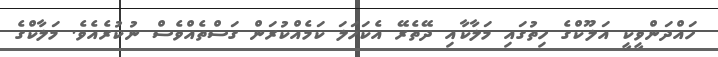
ހައްދަންވީކީ އަލޫކްގެ ހިތުގައި މަލާކާއި ދޭތެރޭ އެކަހަލަ ކަމެއްކުރަން ގަސްތެއްވެސް ނުކުރެއެވެ. މަލާކްގެ